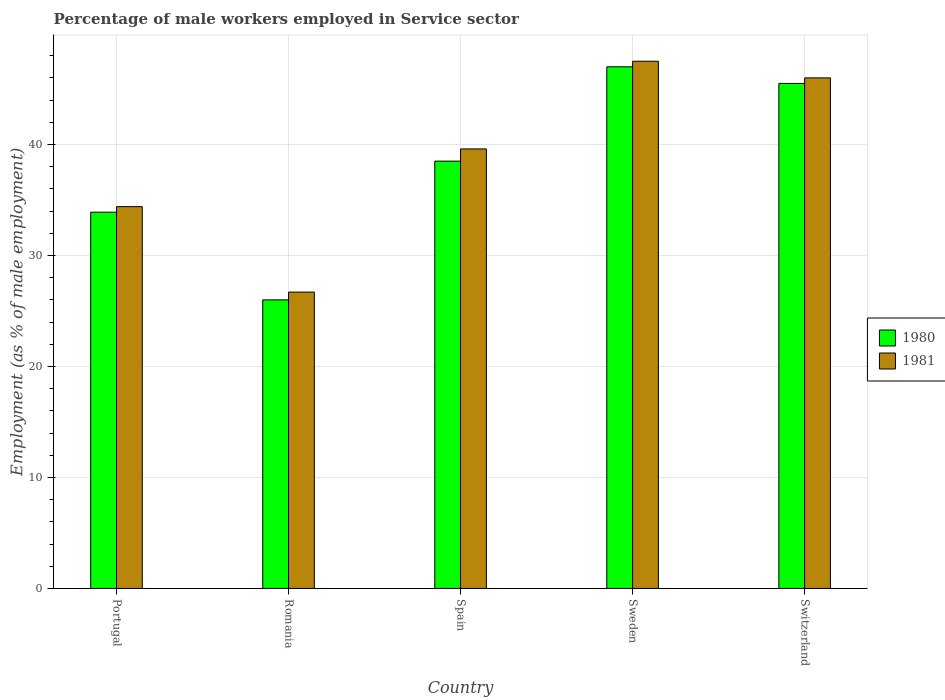
| Country | 1980 | 1981 |
 | --- | --- | --- |
 | Portugal | 33.9 | 34.4 |
 | Romania | 26 | 26.7 |
 | Spain | 38.5 | 39.6 |
 | Sweden | 47 | 47.5 |
 | Switzerland | 45.5 | 46 |